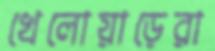
খেলোয়াড়েরা